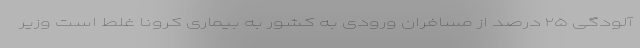
آلودگی ۲۵ درصد از مسافران ورودی به کشور به بیماری کرونا غلط است وزیر